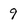
Character: 9